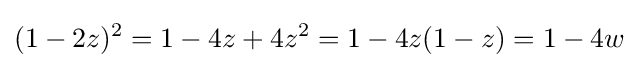
(1-2z)^{2}=1-4z+4z^{2}=1-4z(1-z)=1-4w